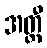
အတ္ထီ